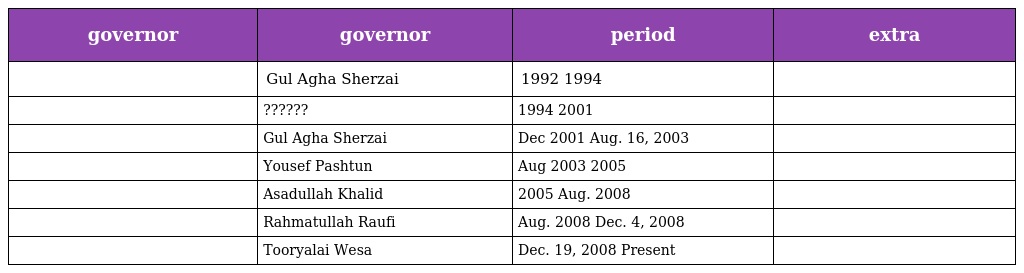
| governor | governor | period | extra |
 | --- | --- | --- | --- |
 |  | Gul Agha Sherzai | 1992 1994 |  |
 |  | ?????? | 1994 2001 |  |
 |  | Gul Agha Sherzai | Dec 2001 Aug. 16, 2003 |  |
 |  | Yousef Pashtun | Aug 2003 2005 |  |
 |  | Asadullah Khalid | 2005 Aug. 2008 |  |
 |  | Rahmatullah Raufi | Aug. 2008 Dec. 4, 2008 |  |
 |  | Tooryalai Wesa | Dec. 19, 2008 Present |  |